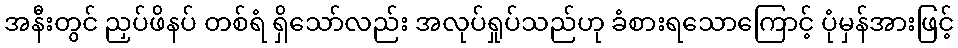
အနီးတွင် ညှပ်ဖိနပ် တစ်ရံ ရှိသော်လည်း အလုပ်ရှုပ်သည်ဟု ခံစားရသောကြောင့် ပုံမှန်အားဖြင့်